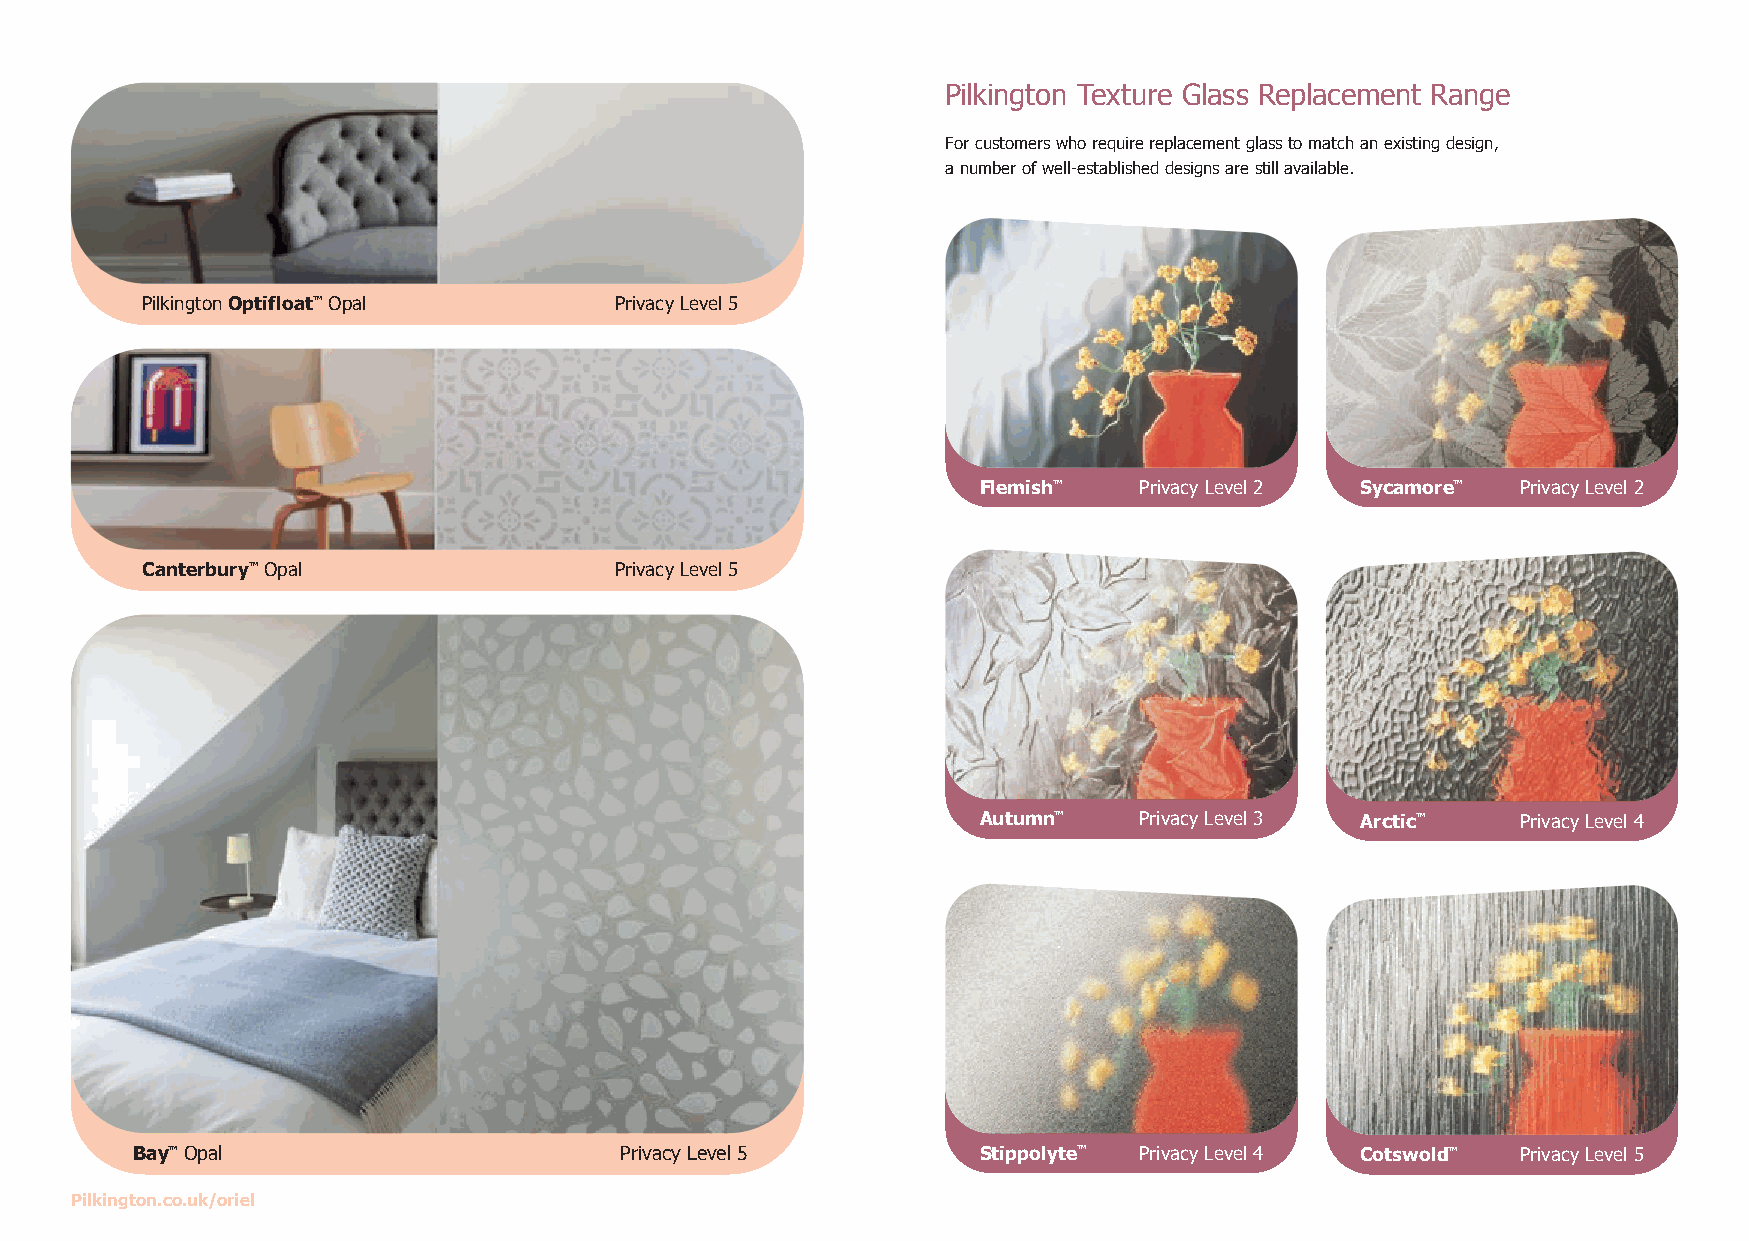
Pilkington Texture Glass Replacement Range
 For customers who require replacement glass to match an existing design,
 a number of well-established designs are still available.
 Pilkington Optifloat™ Opal      Privacy Level 5
 Flemish™  Privacy Level 2 Sycamore™ Privacy Level 2
 Canterbury™ Opal                Privacy Level 5
 Autumn™   Privacy Level 3 Arctic™   Privacy Level 4
 Bay™ Opal                       Privacy Level 5         Stippolyte™ Privacy Level 4 Cotswold™ Privacy Level 5
 Pilkington.co.uk/oriel